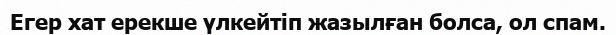
Егер хат ерекше үлкейтіп жазылған болса, ол спам.